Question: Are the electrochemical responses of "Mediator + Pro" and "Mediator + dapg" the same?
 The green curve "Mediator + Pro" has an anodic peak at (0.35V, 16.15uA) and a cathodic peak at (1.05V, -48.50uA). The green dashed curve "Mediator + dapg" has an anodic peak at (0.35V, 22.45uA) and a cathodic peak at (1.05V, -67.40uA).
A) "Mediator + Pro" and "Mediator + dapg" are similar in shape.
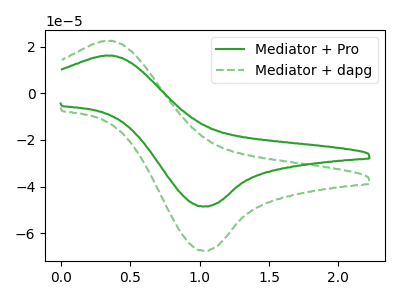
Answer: <think>All the peaks in "Mediator + Pro" have a peak in "Mediator + dapg" at the same potential. Every peak in "Mediator + Pro" is lower than every peak in "Mediator + dapg".
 </think>
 <answer>A) "Mediator + Pro" and "Mediator + dapg" are similar in shape.</answer>
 <eval>A</eval>